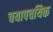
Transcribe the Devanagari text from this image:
चयापचयिक